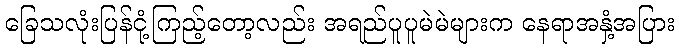
ခြေသလုံးပြန်ငုံ့ကြည့်တော့လည်း အရည်ပူပူမဲမဲများက နေရာအနှံ့အပြား